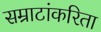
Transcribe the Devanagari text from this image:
सम्राटांकरिता